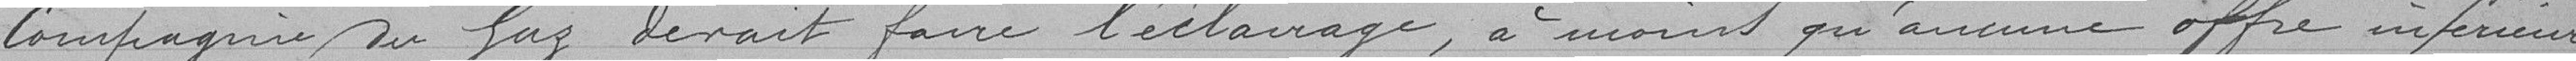
Compagnie du Gaz devait faire l'éclairage, à moins qu'aucune offre inférieure